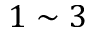
1 \sim 3